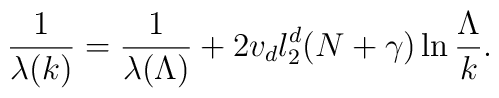
\frac{1}{\lambda(k)}=\frac{1}{\lambda(\Lambda)}+2v_dl_2^d(N+\gamma)\ln\frac{\Lambda}{k}.